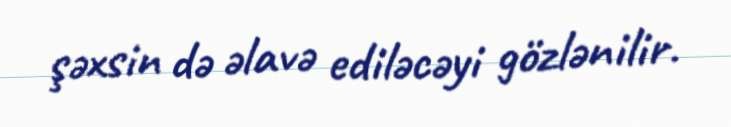
şəxsin də əlavə ediləcəyi gözlənilir.